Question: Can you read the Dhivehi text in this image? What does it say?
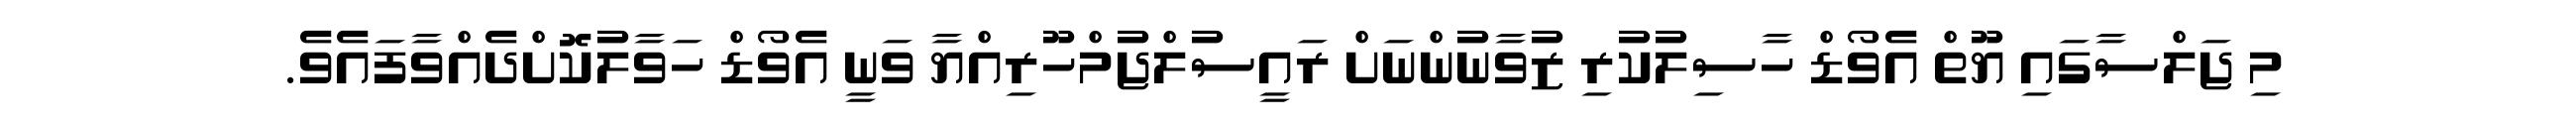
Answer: މި ޖަލްސާގައި ޔޫތް އެވޯޑް ހާސިލުކުރި ޒުވާނުންނަށް ރައީސުލްޖުމްހޫރިއްޔާ ވަނީ އެވޯޑް ހަވާލުކޮށްދެއްވާފައެވެ.